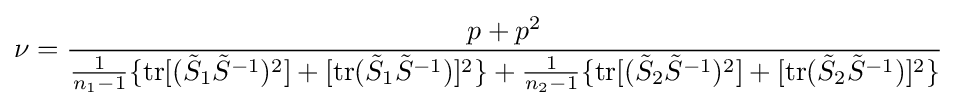
\nu ={\frac {p+p^{2}}{{\frac {1}{n_{1}-1}}\{\mathrm {tr} [({\tilde {S}}_{1}{\tilde {S}}^{-1})^{2}]+[\mathrm {tr} ({\tilde {S}}_{1}{\tilde {S}}^{-1})]^{2}\}+{\frac {1}{n_{2}-1}}\{\mathrm {tr} [({\tilde {S}}_{2}{\tilde {S}}^{-1})^{2}]+[\mathrm {tr} ({\tilde {S}}_{2}{\tilde {S}}^{-1})]^{2}\}}}